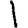
Digit: 1